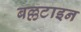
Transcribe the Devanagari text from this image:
बल्लटाइन